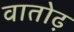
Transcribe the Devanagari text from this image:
वातोढ़